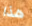
هذا